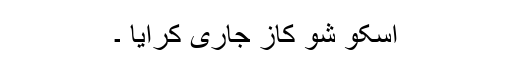
اسکو شو کاز جاری کرایا ۔